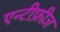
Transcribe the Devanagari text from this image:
एन्टीफ्रीज